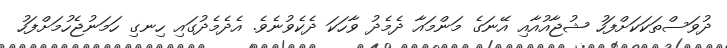
ދުވަސްތަކަކަށްފަހު ޝުޖާއުއާއި އޭނަގެ މަންމައާ ދެމެދު ވާހަކަ ދެކެވުނެވެ. އެދެމެދުގައި ހިނގި ހަމަނުޖެހުމަށްފަހު